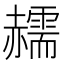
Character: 䞕